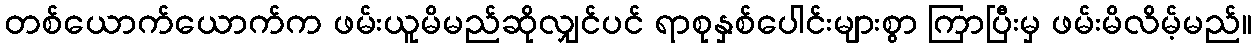
တစ်ယောက်ယောက်က ဖမ်းယူမိမည်ဆိုလျှင်ပင် ရာစုနှစ်ပေါင်းများစွာ ကြာပြီးမှ ဖမ်းမိလိမ့်မည်။